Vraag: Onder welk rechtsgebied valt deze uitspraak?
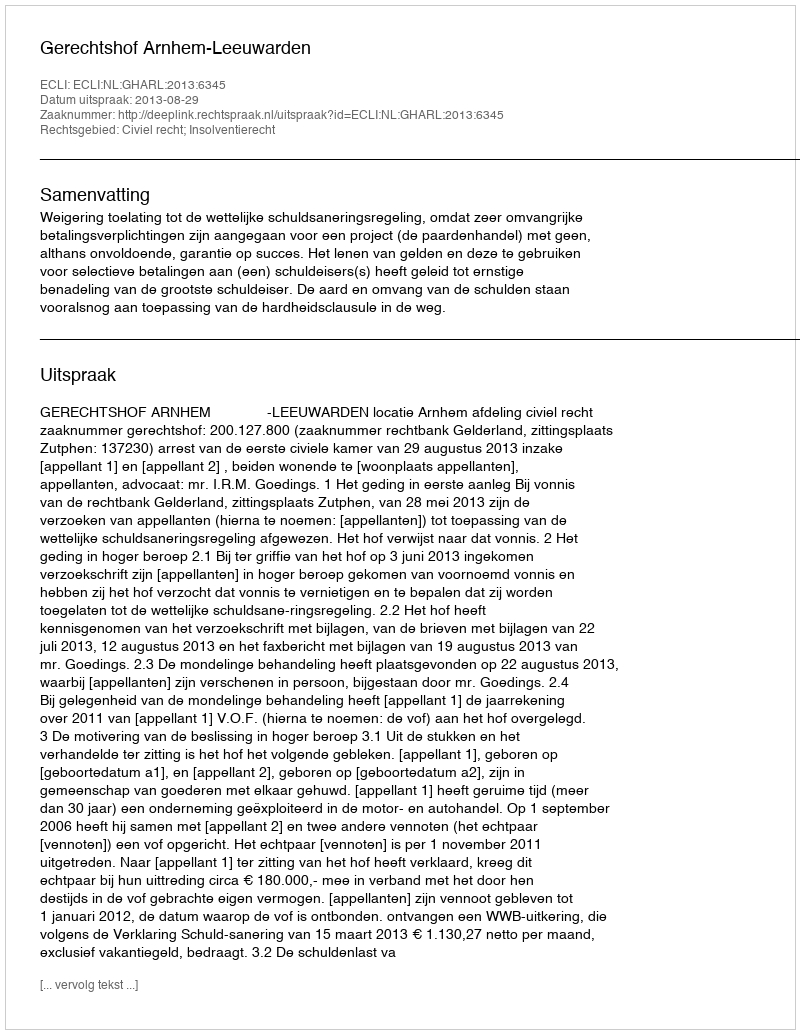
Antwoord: Civiel recht; Insolventierecht